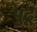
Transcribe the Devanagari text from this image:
पुढू